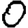
Digit: 0